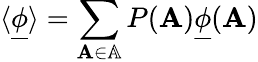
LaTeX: \langle\underline{{\phi}}\rangle=\sum_{\mathbf{A}\in\mathbb{A}}P(\mathbf{A})\underline{{\phi}}(\mathbf{A})